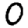
Digit: 0